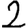
Digit: 2